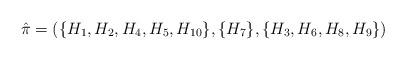
LaTeX: \begin{align*}\hat \pi = (\{H_1,H_2, H_4, H_5, H_{10}\}, \{H_7\}, \{H_3, H_6, H_8, H_9\}) \end{align*}